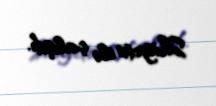
Shigeto ilə çalışdı.